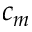
c _ { m }